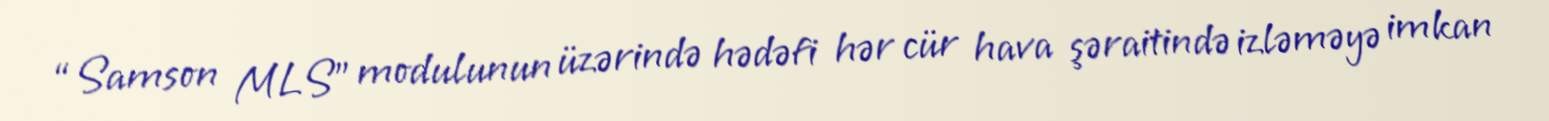
“Samson MLS” modulunun üzərində hədəfi hər cür hava şəraitində izləməyə imkan